Report on the working of the Ranchi Indian Mental Hospital, Kanke, in Bihar and Orissa - 1930-1940
Year: 1930
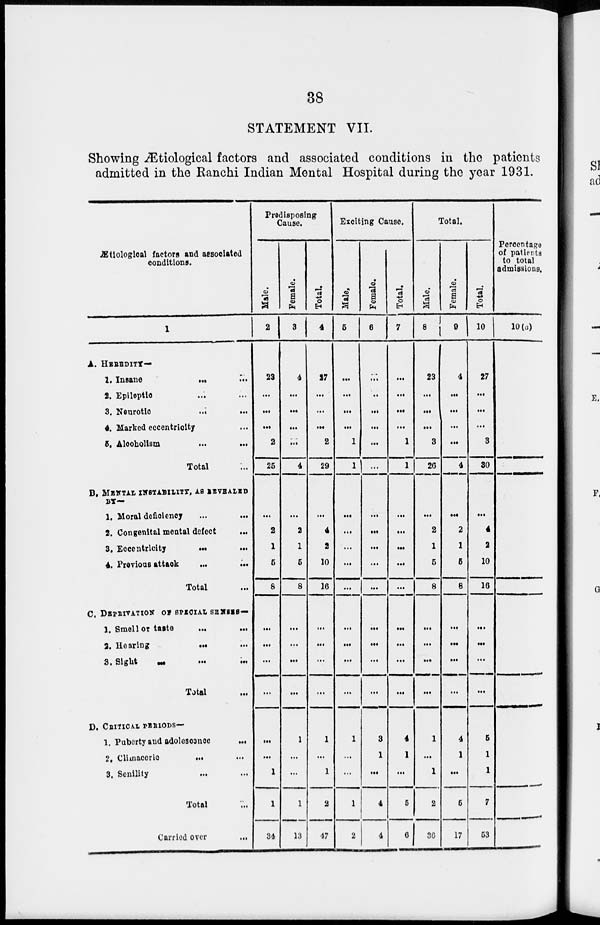
38
STATEMENT VII.
Showing Ætiological factors and associated conditions in the patients
admitted in the Ranchi Indian Mental Hospital during the year 1931.
Ætiological factors and assciated
conditions.
1
A. HEREDITY—
1. Insane
...
...
2. Epileptic ... ...
3. Neurotic
...
...
4. Marked eccentricity ...
5. Alcoholism
...
...
Total ...
B. MENTAL INSTABILITY, AS REVEALED
BY—
1. Moral deficiency
...
...
2. Congenital mental defect
...
3. Eccentricity
...
...
4. Previous attack
...
...
Total ...
C. DEPRIVATION OF SPECIAL SENSES —
1. Smell or taste ... ...
2. Hearing
...
...
3. Sight
...
...
...
Total ...
D. CRITICAL PERIODS—
1. Puberty and adolescance
...
2, Climaceric
... ...
3. Senility ... ...
Total ...
Carried over
...
Predisposing
Cause.
Male.
2
23
...
...
...
2
25
...
2
1
5
8
...
...
...
...
...
...
1
1
34
Female.
3
4
...
...
...
...
4
...
2
1
5
8
...
...
...
...
1
...
...
1
13
Total.
4
27
...
...
...
2
29
...
4
2
10
16
...
...
...
...
1
...
1
2
47
Exciting Cause.
Male.
5
...
...
...
...
1
1
...
...
...
...
...
...
...
...
...
1
...
...
1
2
Female.
6
...
...
...
...
...
...
...
...
...
...
...
...
...
...
...
3
1
...
4
4
Total.
7
...
...
...
...
1
1
...
...
...
...
...
...
...
...
...
4
1
...
5
6
Total.
Male.
8
23
...
...
...
3
26
...
2
1
5
8
...
...
...
...
1
...
1
2
36
Female.
9
4
...
...
...
...
4
...
2
1
5
8
...
...
...
...
4
1
...
5
17
Total.
10
27
...
...
...
3
30
...
4
2
10
16
...
...
...
...
5
1
1
7
53
Percentage
of patients
to total
admissions.
10(a)